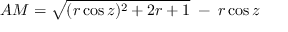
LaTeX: A M = { \sqrt { ( r \cos z ) ^ { 2 } + 2 r + 1 } } \; - \; r \cos z